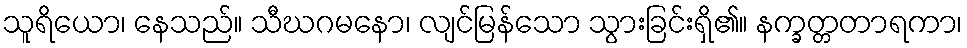
သူရိယော၊ နေသည်။ သီဃဂမနော၊ လျင်မြန်သော သွားခြင်းရှိ၏။ နက္ခတ္တတာရကာ၊